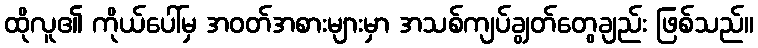
ထိုလူ၏ ကိုယ်ပေါ်မှ အဝတ်အစားများမှာ အသစ်ကျပ်ချွတ်တွေချည်း ဖြစ်သည်။